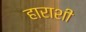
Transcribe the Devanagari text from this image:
हाराशी